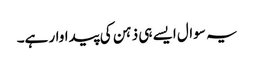
یہ سوال ایسے ہی ذہن کی پیداوار ہے۔